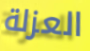
العزلة